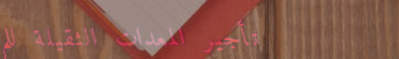
تأجير المعدات الثقيلة للم